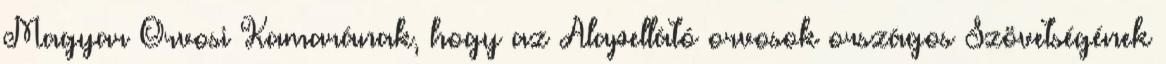
Magyar Orvosi Kamarának, hogy az Alapellátó orvosok országos Szövetségének